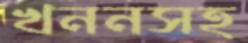
খননসহ